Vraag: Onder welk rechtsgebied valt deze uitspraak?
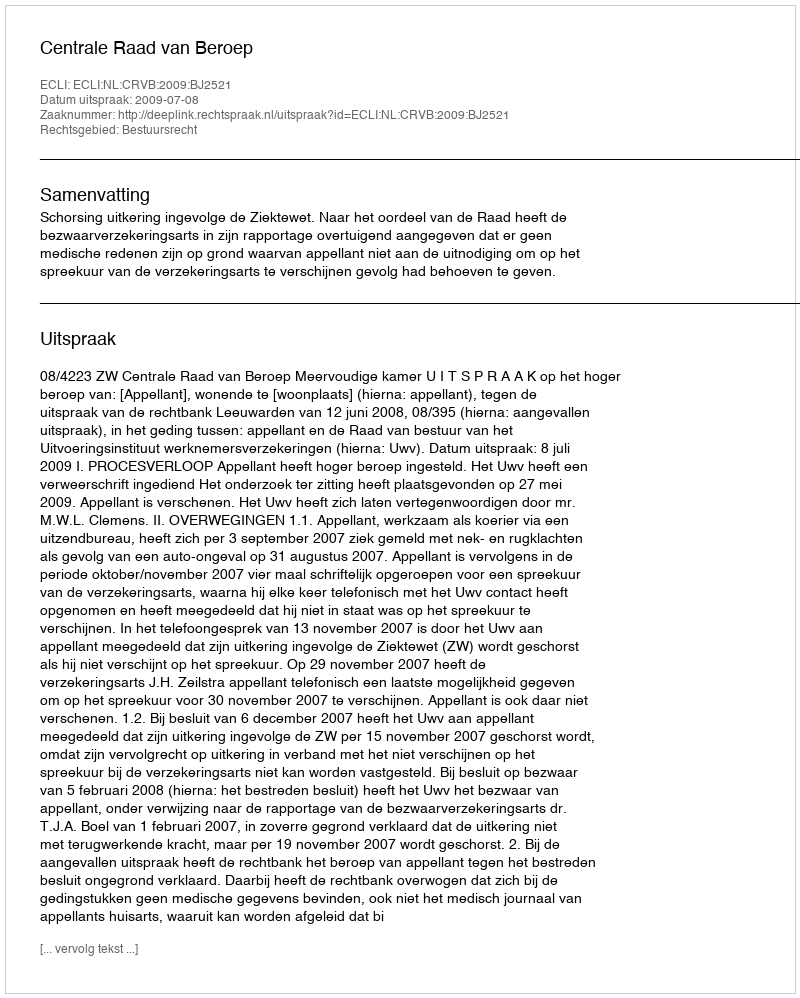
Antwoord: Bestuursrecht